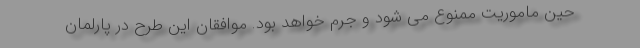
حین ماموریت ممنوع می شود و جرم خواهد بود. موافقان این طرح در پارلمان